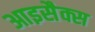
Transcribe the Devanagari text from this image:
आइसैक्स